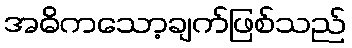
အဓိကသော့ချက်ဖြစ်သည်